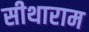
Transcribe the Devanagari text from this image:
सीथाराम